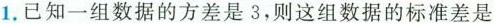
1.已知一组数据的方差是3，则这组数据的标准差是